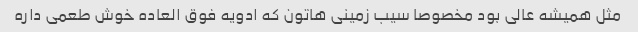
‌مثل همیشه عالی بود مخصوصا سیب زمینی هاتون که ادویه فوق العاده خوش طعمی داره